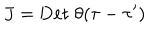
LaTeX: J = \mathrm { D e t } \; \theta ( \tau - \tau ^ { \prime } )